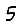
Digit: 5